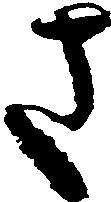
さ